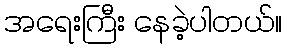
အရေးကြီး နေခဲ့ပါတယ်။